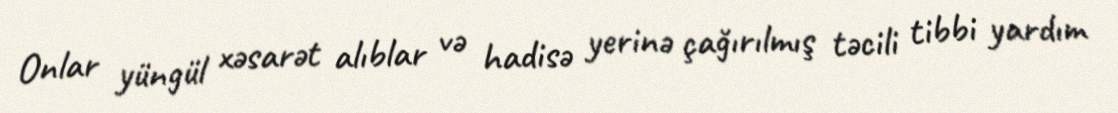
Onlar yüngül xəsarət alıblar və hadisə yerinə çağırılmış təcili tibbi yardım